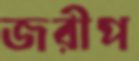
জরীপ